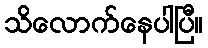
သိလောက်နေပါပြီ။